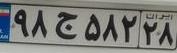
۹۸ج۵۸۲۲۸